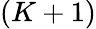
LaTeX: (K+1)